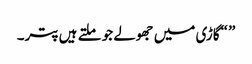
” “گاڑی میں جھولے جو ملتے ہیں پتر۔